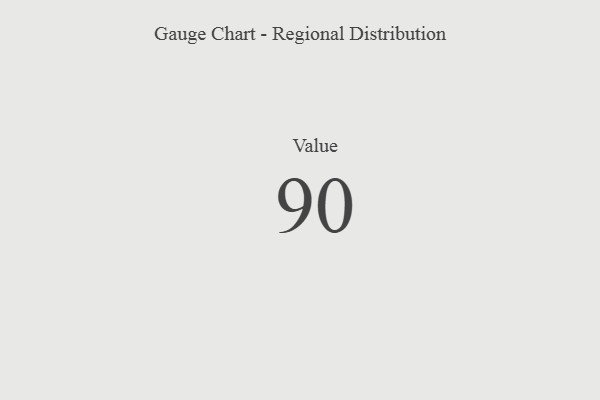
{"axis": {"x": "Metric", "y": "Value"}, "legend": [""], "data": [{"x": "Value", "y": 90, "type": ""}]}